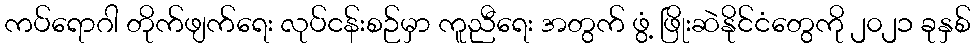
ကပ်ရောဂါ တိုက်ဖျက်ရေး လုပ်ငန်းစဉ်မှာ ကူညီရေး အတွက် ဖွံ့ ဖြိုးဆဲနိုင်ငံတွေကို ၂၀၂၁ ခုနှစ်